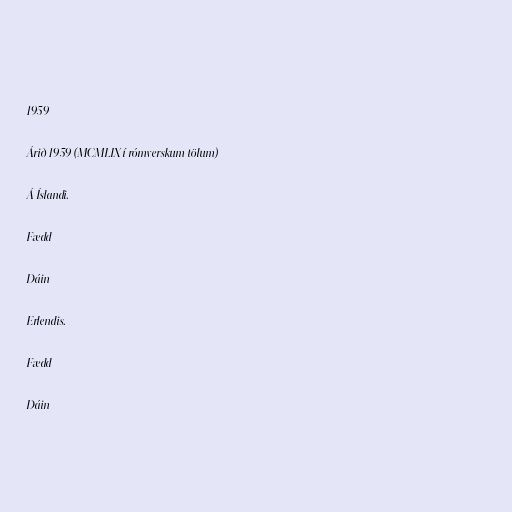
1959

Árið 1959 (MCMLIX í rómverskum tölum)

Á Íslandi.

Fædd

Dáin

Erlendis.

Fædd

Dáin